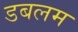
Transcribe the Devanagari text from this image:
डबलम